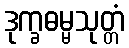
ဒုက္ခဓမ္မသုတ္တံ